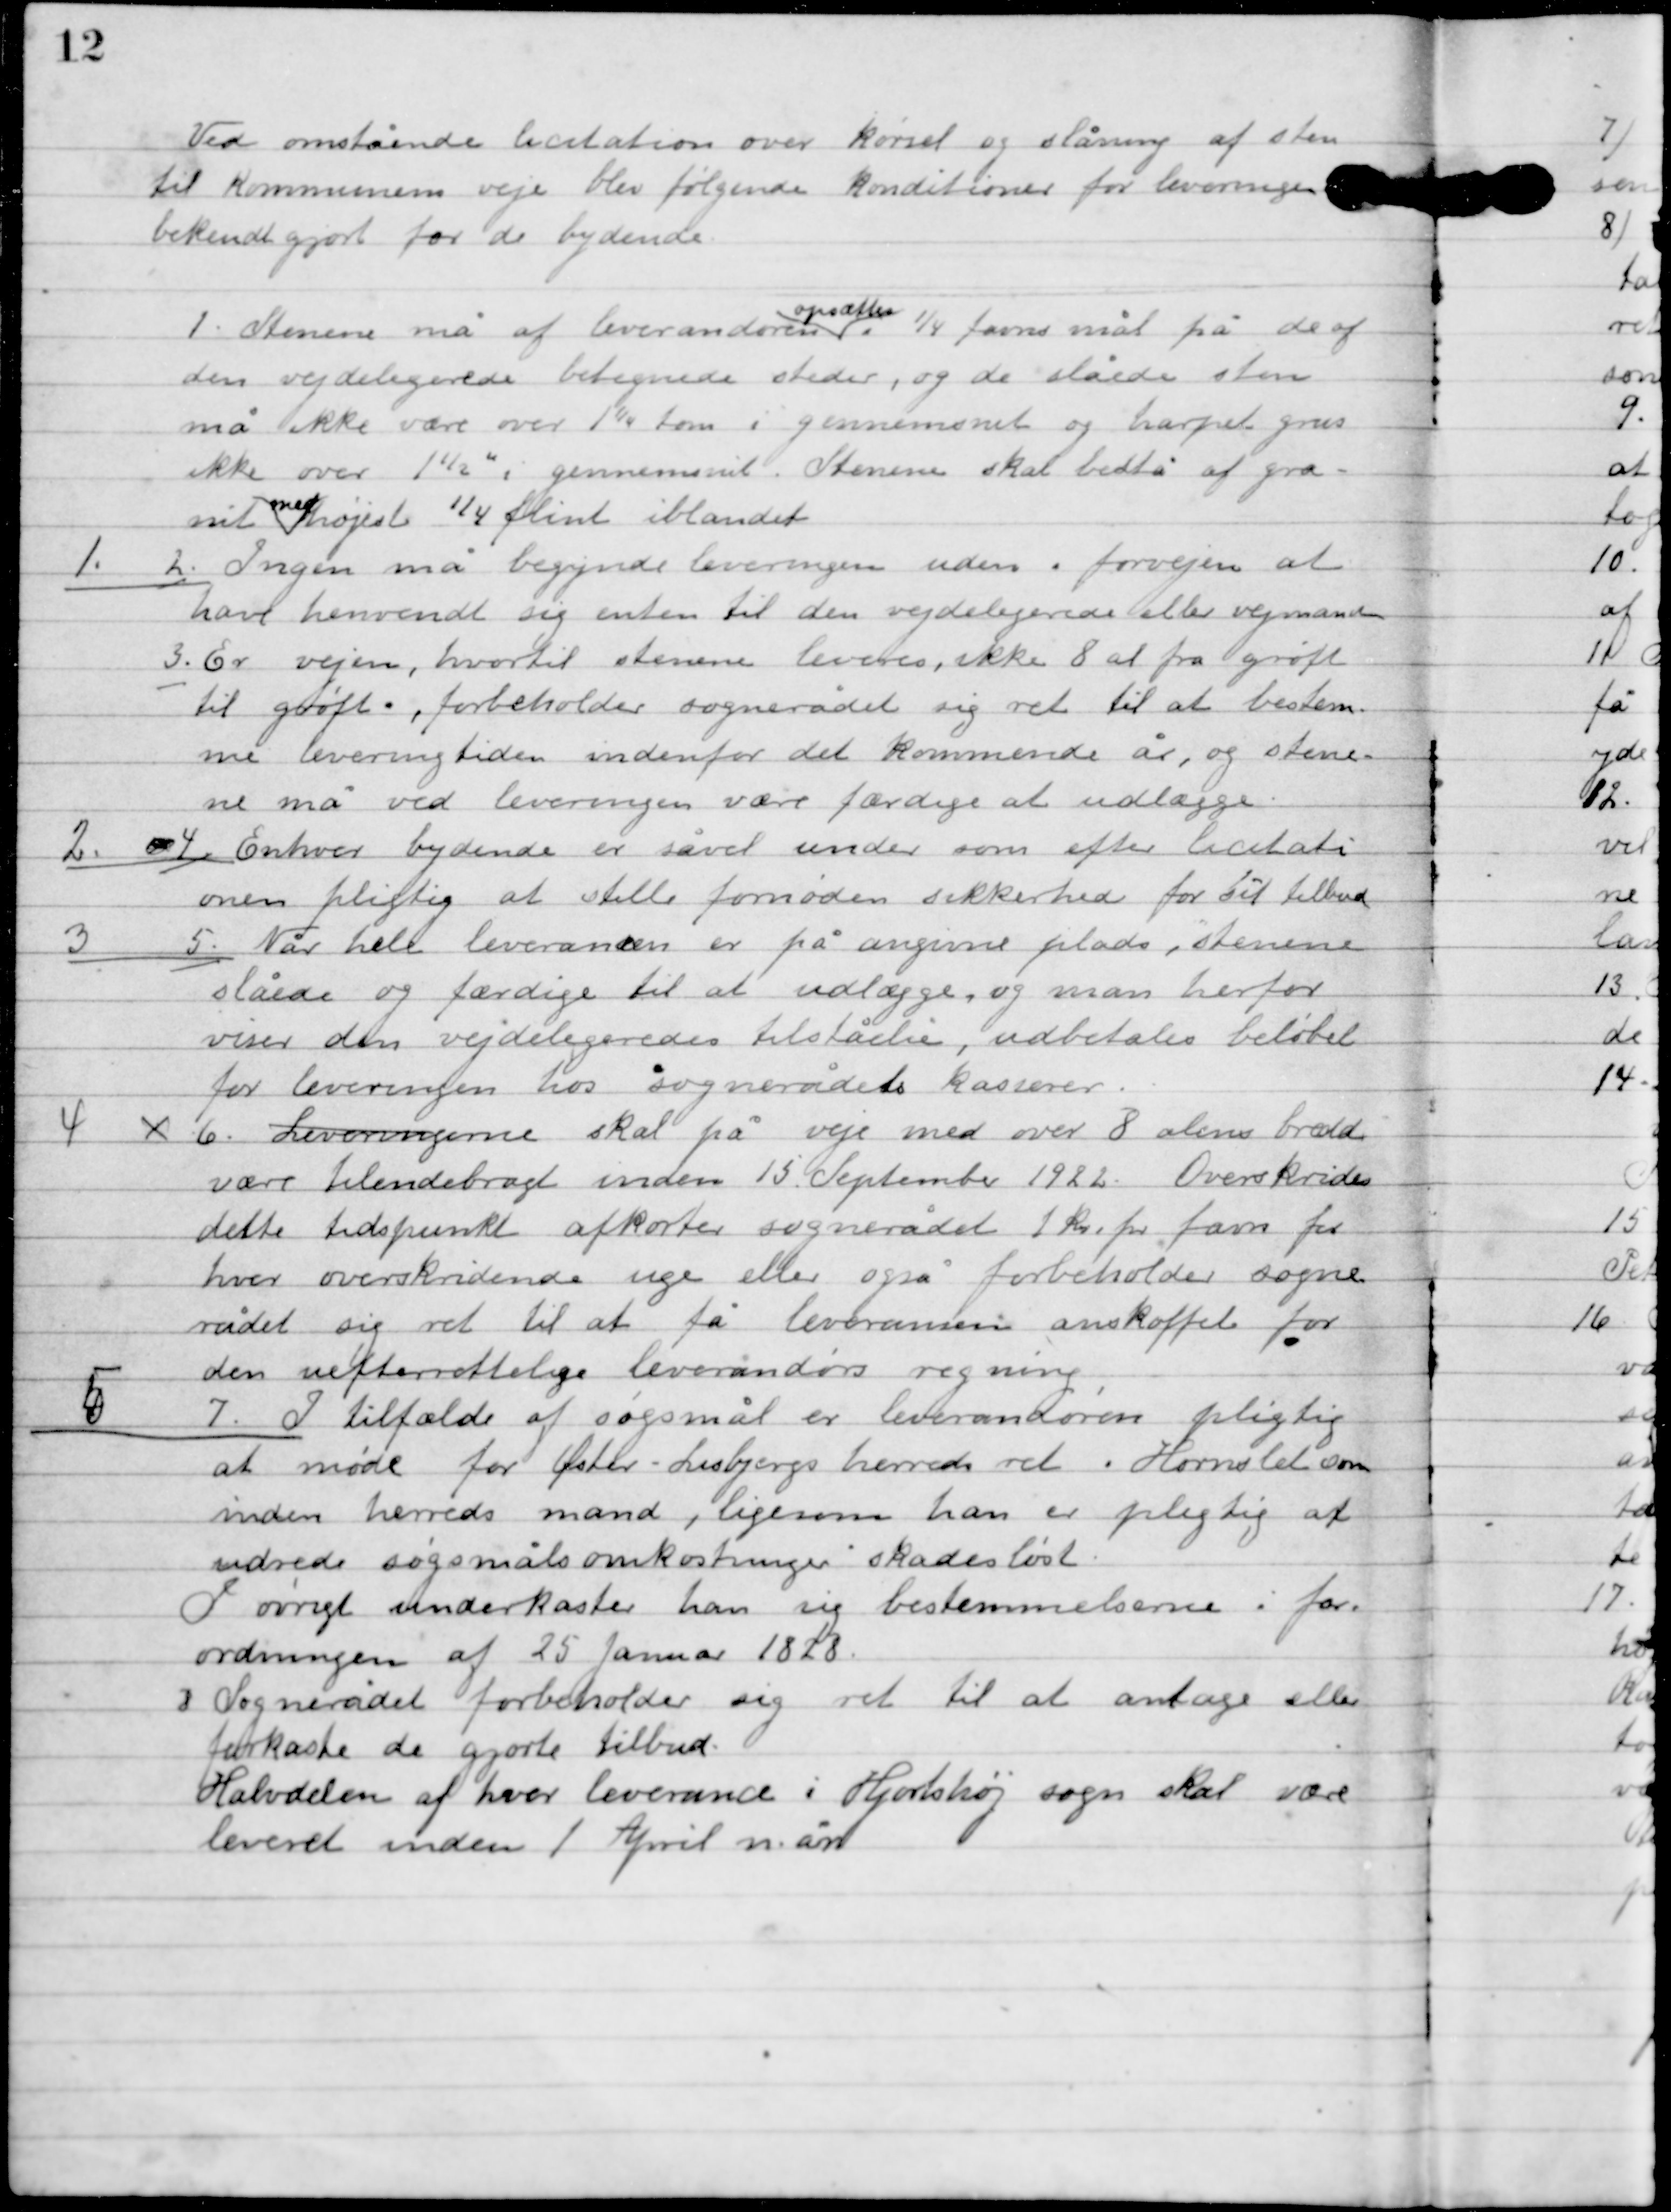
Transskription:
Ved ovenstående licitation over kørsel og slåning af sten
til kommunens veje blev følgende konditioner for levering
bekendtgjort for de bydende

1

Stenene må af leverandøren
opsættes
¼ formes mål på de af
den vejdelegerede betegnede steder, og de slåede sten
må ikke være over 1 ¼ tom i gennemsnit og harpet grus
ikke over 1 ½ ” i gennemsnit i stenene skal bestå af gro-
snit
med
højest ¼ flint iblandet.

1

2

Ingen må begynde leveringen uden i forvejen at
have henvendt sig enten til den vejdelegerede eller vejmand.

3

Er vejen hvortil stenene leveres ikke 8 al fra grøft
til grøft, forbeholder sognerådet sig ret til at bestem-
me leveringstiden inden for det kommende år, og stene-
ne må ved leveringen være færdige at udlægge.

2

4

Enhver bydende er såvel under som efter licitati-
onen pligtig at stille fornøden sikkerhed for sit tilbud.

3

5

Når helt leverancen er på angivne plads i stenene
slåede og færdige til at nedlægge og man herfor
viser den vejdelegeredes tilståelse udbetales beløbet
for leveringen hos sognerådets kasserer.

4

6

Leveringerne skal på veje med over 8 alen bred 
være tilendebragt inden 15 September 1922. Overskrides 
dette tidspunkt afkorter sognerådet 1 kr. pr favn for 
hver overskridende uge eller også forbeholder sogne-
rådet sig ret til at få leverancen anskaffet for 
den uefterrettelige leverandørs regning.

5

7

I tilfælde af søgsmål er leverandøren pligtig
at møde for Øster Lisbjergs herreds ret i Hornslet som
inden herreds mand, ligesom han er pligtig at
udrede søgsmålsomkostninger i skadesløst.
I øvrigt underkaster han sig bestemmelserne i for-
ordningen af 25 Januar 1828.

8

Sognerådet forbeholder sig ret til at antage eller
forkaste de gjorte tilbud.
Halvdelen af hver leverance i Hjortshøj sogn skal være
leveret inden 1. April måned.